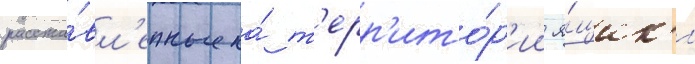
расста́вл'енные на́ т'ерр'ито́р'ии я́щик'и